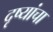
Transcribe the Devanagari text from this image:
दृष्यांचा